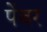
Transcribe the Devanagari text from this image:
पेंबर